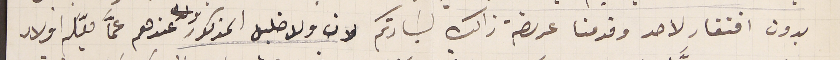
بدون افتقار لاحد وقدمنا عريضة ذالك لسَيادتكم لان ولد خليل المذكور عندهم عمّا يعَّلم اولاد